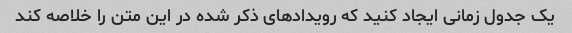
یک جدول زمانی ایجاد کنید که رویدادهای ذکر شده در این متن را خلاصه کند